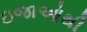
ઇજાઓથી